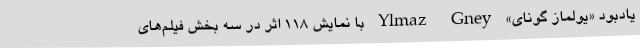
يادبود «يولماز گونای» Ylmaz Gney با نمایش 118 اثر در سه بخش فيلم‌های